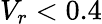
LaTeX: V_{r}<0.4